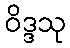
ဝိဒ္ဒသု